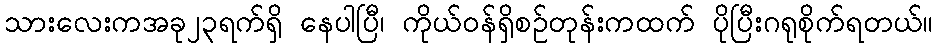
သားလေးကအခု၂၃ရက်ရှိ နေပါပြီ၊ ကိုယ်ဝန်ရှိစဉ်တုန်းကထက် ပိုပြီးဂရုစိုက်ရတယ်။